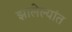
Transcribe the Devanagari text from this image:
झालेल्‍यांत